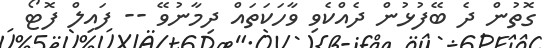
ގޮތުން ދެ ބޭފުޅުން ދެއްކެވި ވާހަކަތައް ދިމާނުވޭ -- ފައިލް ފޮޓޯ